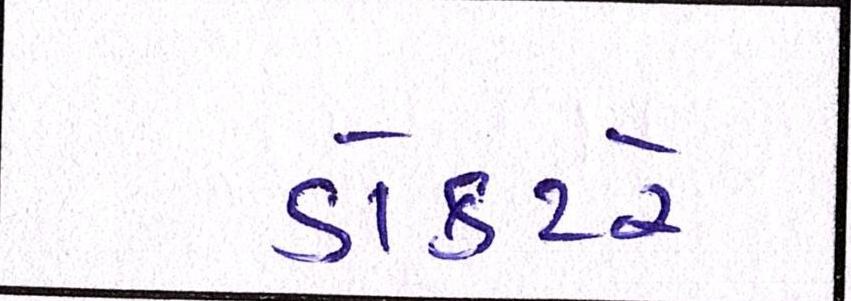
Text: ડોક્ટરે